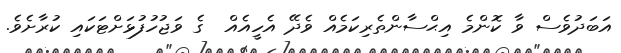
އަބަދުވެސް ވާ ކޮންމެ އިޙްސާންތެރިކަމެއް ވެދޭ އެހީއެއް  ގެ ވަޖުހުފުޅަށްޓަކައި ކުރާށެވެ.